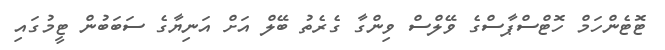
ޓޮޓެންހަމް ހޮޓްސްޕާސްގެ ވޭލްސް ވިންގާ ގެރެތު ބޭލް އަށް އަނިޔާގެ ސަބަބުން ޓީމުގައި